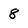
Character: 8